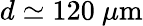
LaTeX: d\simeq 120~\mu\textup{m}